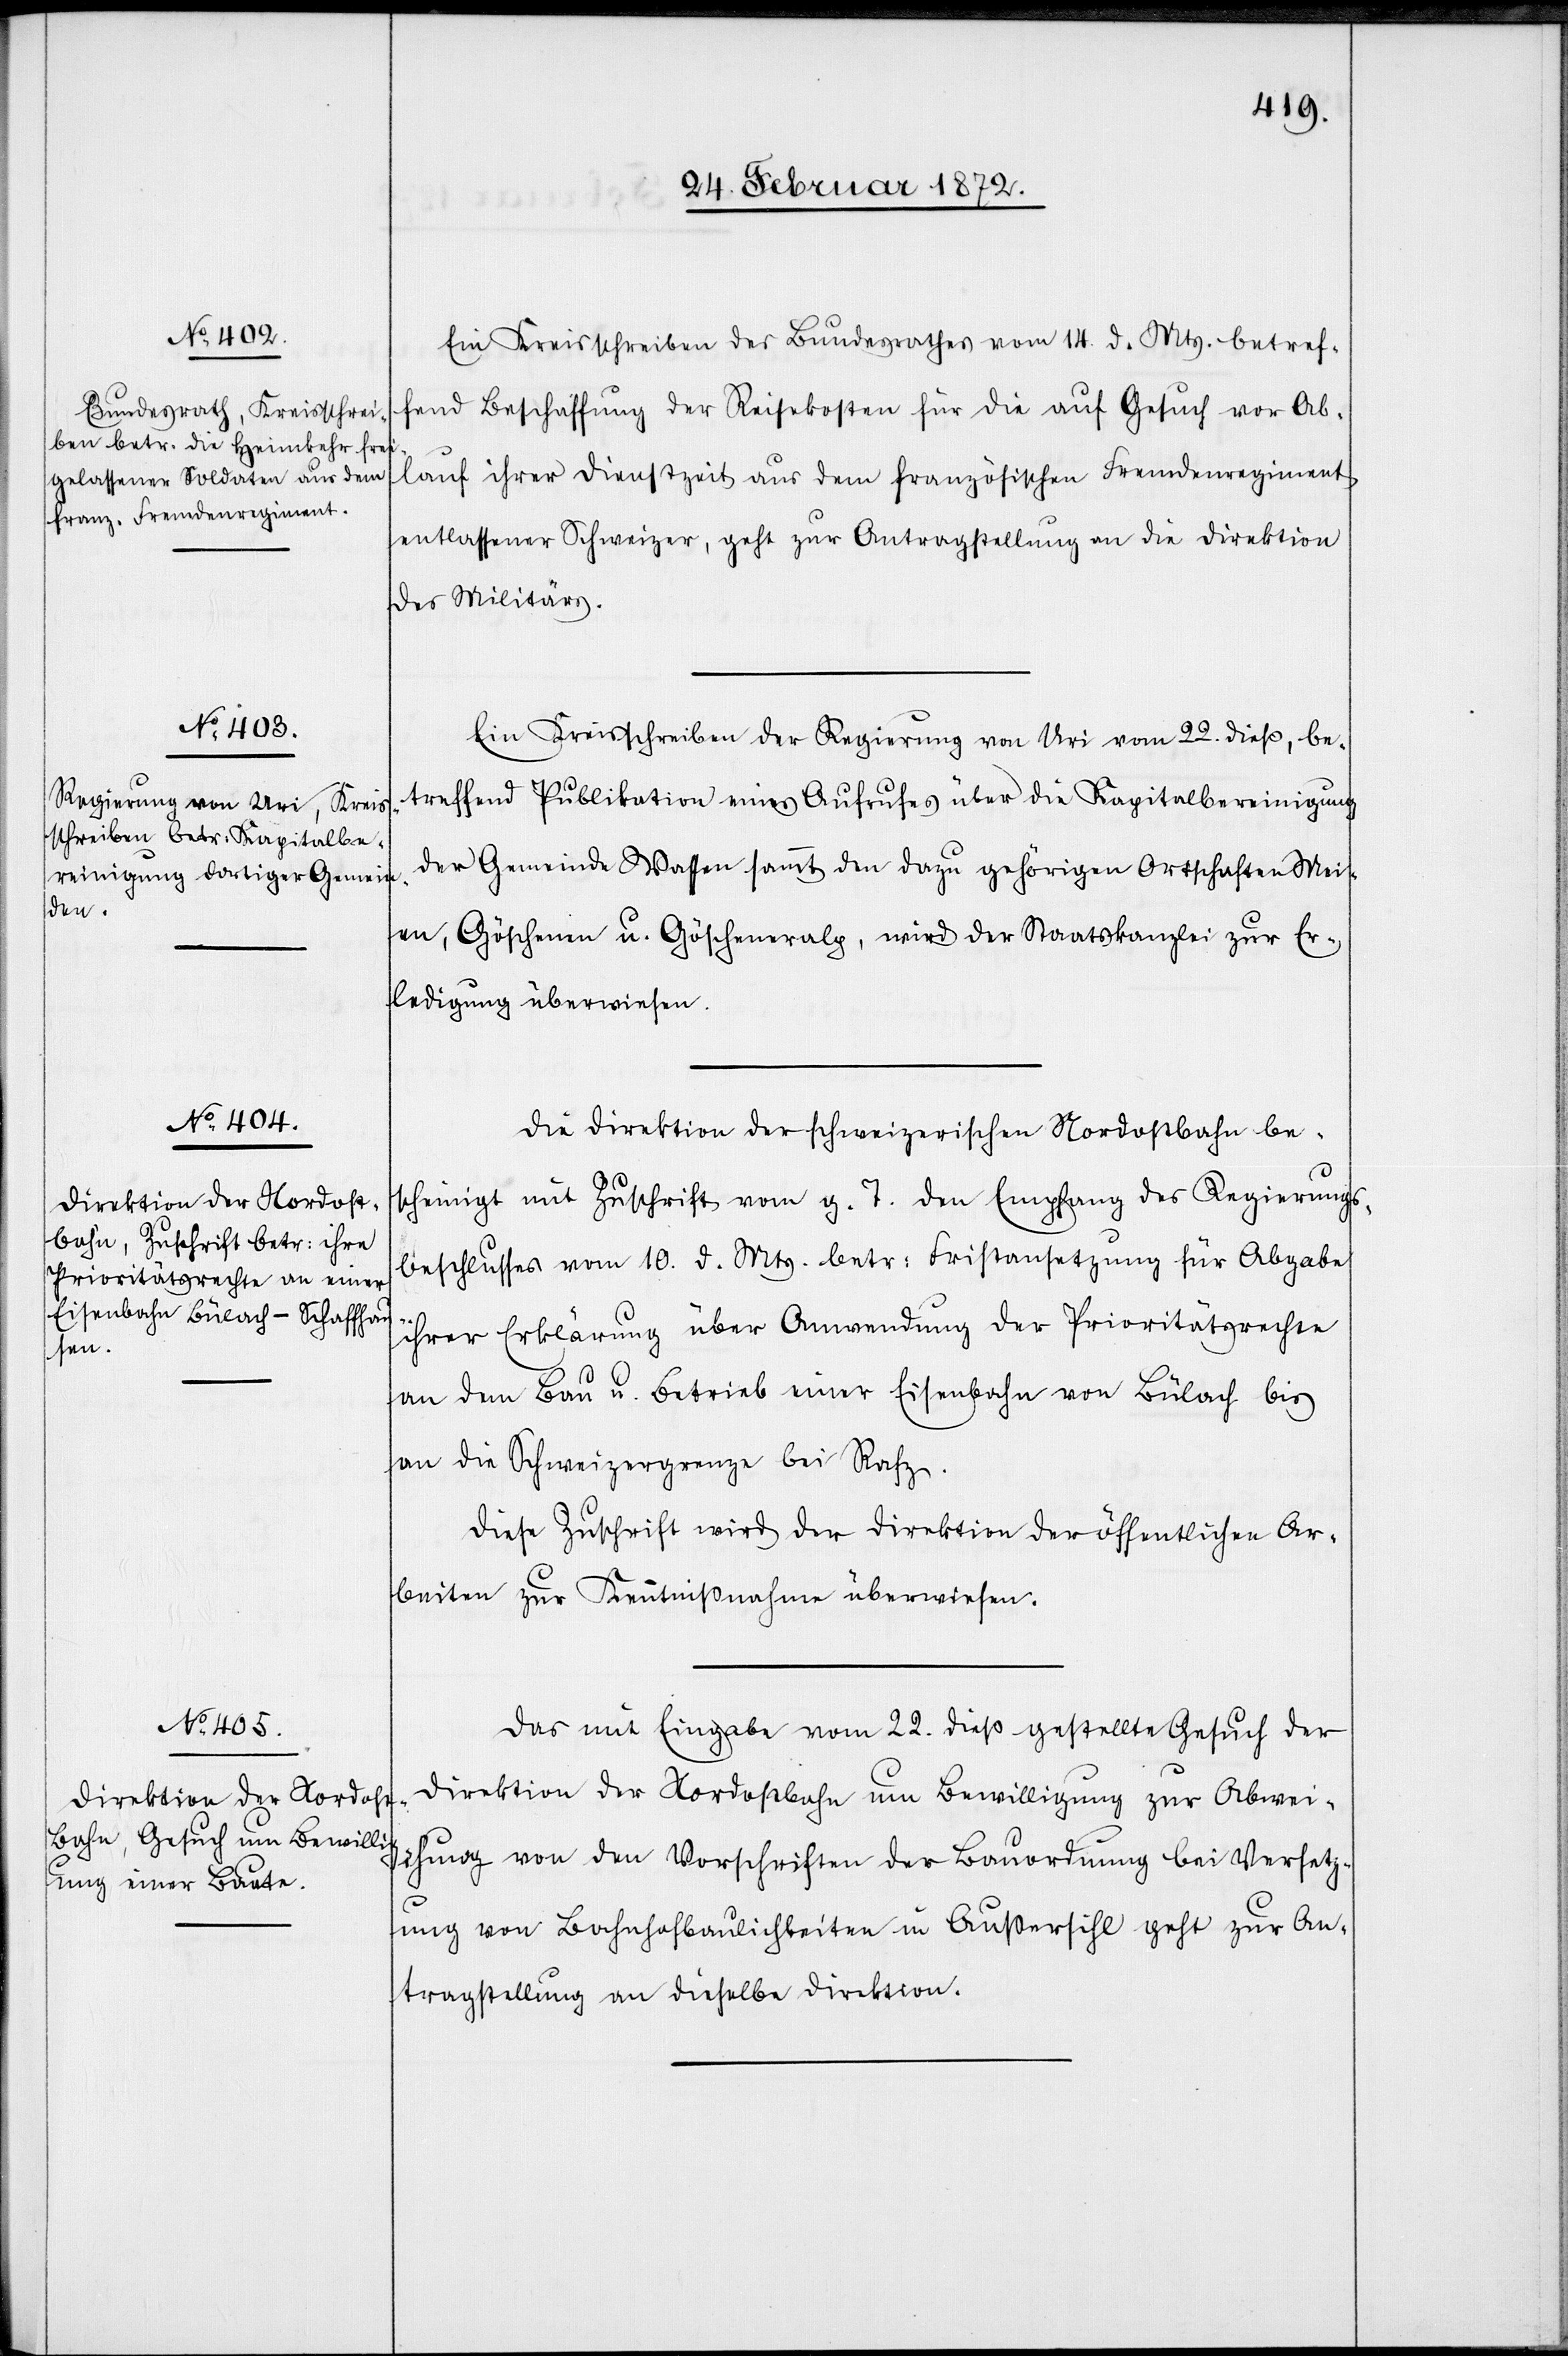
Ein Kreisschreiben des Bundesrathes vom 14. d. Mts. betref¬
fend Beschaffung der Reisekosten für die auf Gesuch vor Ab¬
lauf ihrer Dienstzeit aus dem französischen Fremdenregiment
entlassener Schweizer, geht zur Antragstellung an die Direktion
des Militärs.
Ein Kreisschreiben der Regierung von Uri vom 22. dieß, be¬
treffend Publikation eines Aufrufes über die Kapitalbereinigung
der Gemeinde Wassen sammt den dazu gehörigen Ortschaften Mei¬
len, Göschenen u. Göscheneralp, wird der Staatskanzlei zur Er¬
ledigung überwiesen.
Die Direktion der schweizerischen Nordostbahn be¬
scheinigt mit Zuschrift vom g. T. den Empfang des Regierungs¬
beschlusses vom 10. d. Mts. betr. Fristansetzung für Abgabe
ihrer Erklärung über Anwendung der Prioritätsrechte
an dem Bau u. Betrieb einer Eisenbahn von Bülach bis
an die Schweizergrenze bei Rafz.
Diese Zuschrift wird der Direktion der öffentlichen Ar¬
beiten zur Kenntnißnahme überwiesen.
Das mit Eingabe vom 22. dieß gestellte Gesuch der
Direktion der Nordostbahn um Bewilligung zur Abwei¬
chung von den Vorschriften der Bauordnung bei Versetz¬
ung von Bahnhofbaulichkeiten in Außersihl geht zur An¬
tragstellung an dieselbe Direktion.